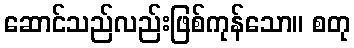
ဆောင်သည်လည်းဖြစ်ကုန်သော။ စတု